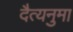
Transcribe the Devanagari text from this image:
दैत्यनुमा